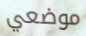
موضعي